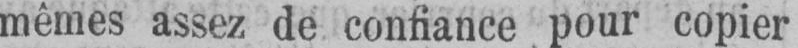
mêmes assez de confiance pour copier